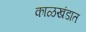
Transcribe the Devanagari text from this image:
काळखंडात